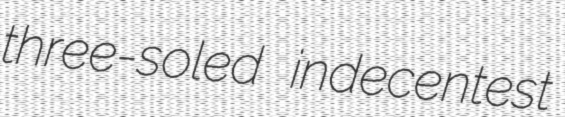
three-soled indecentest